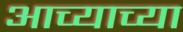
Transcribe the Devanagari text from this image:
आच्याच्या